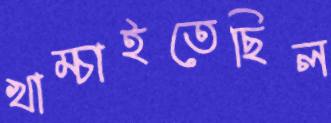
খাম্‌চাইতেছিল